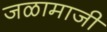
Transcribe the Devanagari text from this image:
जळामाजी